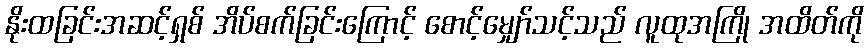
နိုးထခြင်းအဆင့်ရှစ် အိပ်စက်ခြင်းကြောင့် စောင့်မျှော်သင့်သည် လူထုအကြို အထိတ်ကို